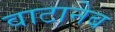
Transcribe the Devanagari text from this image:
वाटानेब